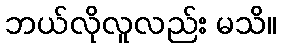
ဘယ်လိုလူလည်း မသိ။